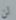
لن